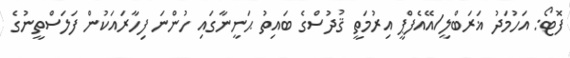
ފޮޓޯ: އަހުމަދު ޣަރަބްލީ/އޭއެފްޕީ އިރުމަތީ ޤުދުސްގެ ބައިތު ޙަނީނާގައި ހުންނަ ފިހާރައަކުން ފަލަސްތީނުގެ